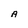
Character: A